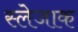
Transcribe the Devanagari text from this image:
स्लेजाक